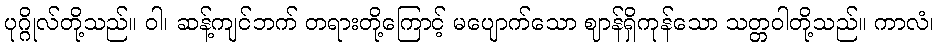
ပုဂ္ဂိုလ်တို့သည်။ ဝါ၊ ဆန့်ကျင်ဘက် တရားတို့ကြောင့် မပျောက်သော ဈာန်ရှိကုန်သော သတ္တဝါတို့သည်။ ကာလံ၊